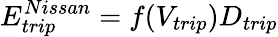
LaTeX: E_{trip}^{Nissan}=f(V_{trip})D_{trip}